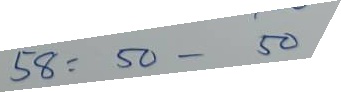
58 = 50 - 50